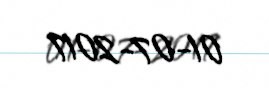
01-07-2017